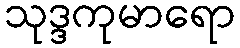
သုဒ္ဒကုမာရော